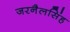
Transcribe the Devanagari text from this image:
जरनैलसिंह